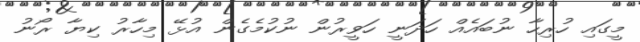
މީގައި ހުރިހާ ނުބައެއް ހަދަނީ ހަވީރުން ނުކުމެގެން އުޅޭ މިހާރު ކިޔާ ރޯނު